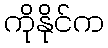
ကိုနိုင်က